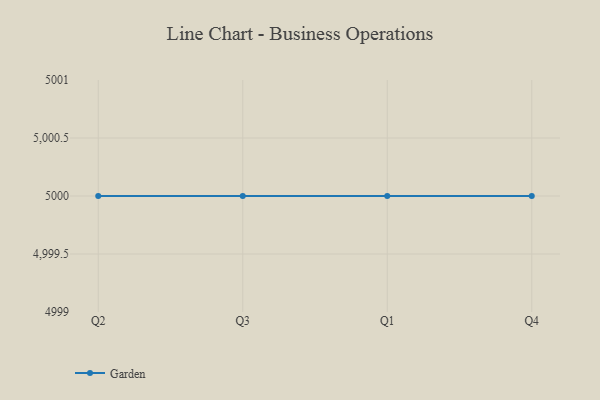
{"axis": {"x": "Quarter", "y": "Churn Rate (%)"}, "legend": ["Garden"], "data": [{"x": "Q2", "y": 5000, "type": "Garden"}, {"x": "Q3", "y": 5000, "type": "Garden"}, {"x": "Q1", "y": 5000, "type": "Garden"}, {"x": "Q4", "y": 5000, "type": "Garden"}]}